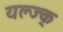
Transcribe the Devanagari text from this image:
यल्ज्क्